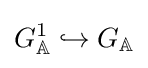
G_{\mathbb {A} }^{1}\hookrightarrow G_{\mathbb {A} }